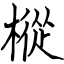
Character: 樅